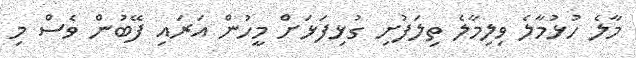
މާލެ ހުޅުމާލެ ވިލިމާލެ ތިލަފުށި ގުޅިފަޅަށް މީހުން އަރައި ފޭބުން ވެސް މި